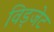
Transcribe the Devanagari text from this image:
विड्जेट